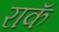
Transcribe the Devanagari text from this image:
राकॅ